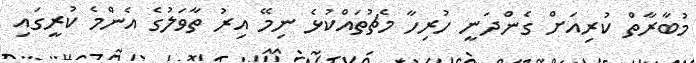
މުބާރާތް ކުރިއަށް ގެންދަނީ ހުރިހާ މެޗުތައްކުޅެ ނިމޭ އިރު ތާވަލުގެ އެންމެ ކުރީގައި